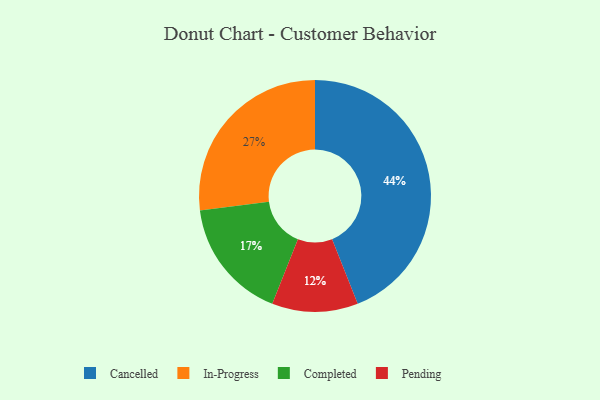
{"axis": {"x": "Category", "y": "Percentage"}, "legend": ["Cancelled", "Completed", "In-Progress", "Pending"], "data": [{"x": "Completed", "y": 17, "type": "Completed"}, {"x": "In-Progress", "y": 27, "type": "In-Progress"}, {"x": "Pending", "y": 12, "type": "Pending"}, {"x": "Cancelled", "y": 44, "type": "Cancelled"}]}